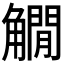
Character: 𧤽